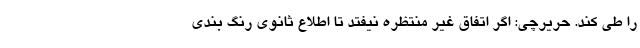
را طی کند. حریرچی: اگر اتفاق غیر منتظره نیفتد تا اطلاع ثانوی رنگ بندی